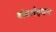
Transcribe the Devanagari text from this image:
बोडलेइयन